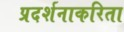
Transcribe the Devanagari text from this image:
प्रदर्शनाकरिता